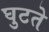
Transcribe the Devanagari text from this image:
घुटते